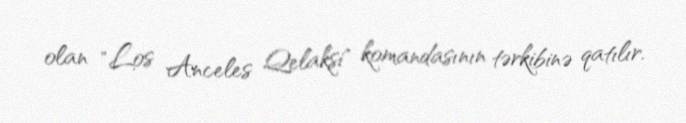
olan "Los Anceles Qelaksi" komandasının tərkibinə qatılır.